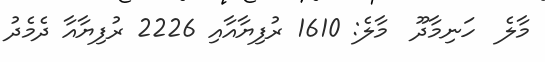
މާލެ  ހަނިމާދޫ  މާލެ: 1610 ރުފިޔާއާއި 2226 ރުފިޔާއާ ދެމެދު